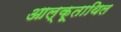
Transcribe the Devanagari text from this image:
आल्कूताथिल